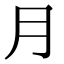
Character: ⺼